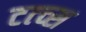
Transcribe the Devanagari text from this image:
टत्च्स